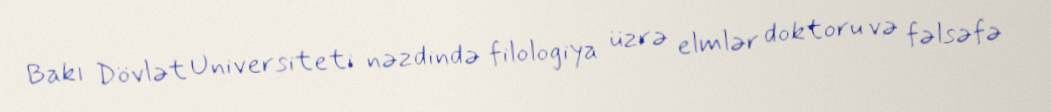
Bakı Dövlət Universiteti nəzdində filologiya üzrə elmlər doktoru və fəlsəfə